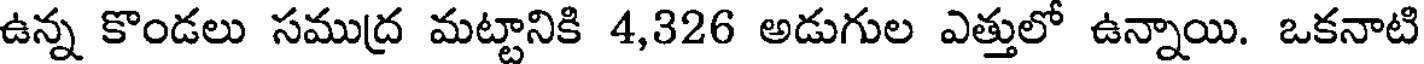
ఉన్న కొండలు సముద్ర మట్టానికి 4,326 అడుగుల ఎత్తులో ఉన్నాయి. ఒకనాటి